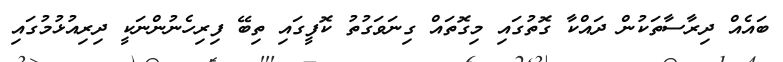
ބައެއް ދިރާސާތަކުން ދައްކާ ގޮތުގައި މިގޮތައް ގިނަވަގުތު ކޮފީގައި ތިބޭ ފިރިހެނުންނަކީ ދިރިއުޅުމުގައި